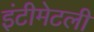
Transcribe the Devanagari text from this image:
इंटीमेटली